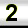
Digit: 2